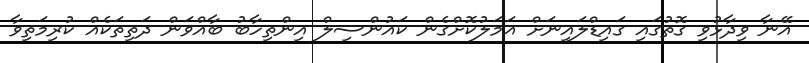
އޭނާ ވިދާޅުވި ގޮތުގައި ގައިޑްލައިނަށް އަމަލުކޮށްގެން ކައުންސިލް އިންތިހާބު ބާއްވަން ދަތިތަކެއް ކުރިމަތިވާ